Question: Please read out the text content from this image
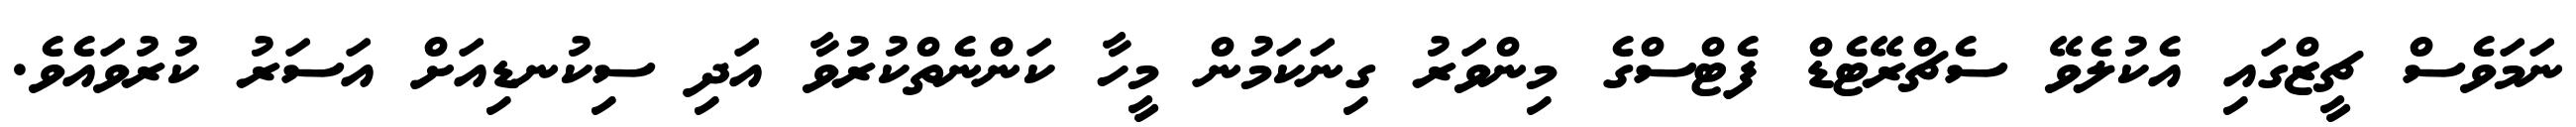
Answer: ނަމަވެސް ޗީޒްގައި އެކުލެވޭ ސެޗްރޭޓެޑް ފެޓްސްގެ މިންވަރު ގިނަކަމުން މީހާ ކަންނެތްކުރުވާ އަދި ސިކުނޑިއަށް އަސަރު ކުރުވައެވެ.